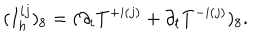
( I _ { h } ^ { i j } ) _ { 8 } = ( \partial _ { t } T ^ { + i ( j ) } + \partial _ { t } T ^ { - i ( j ) } ) _ { 8 } .